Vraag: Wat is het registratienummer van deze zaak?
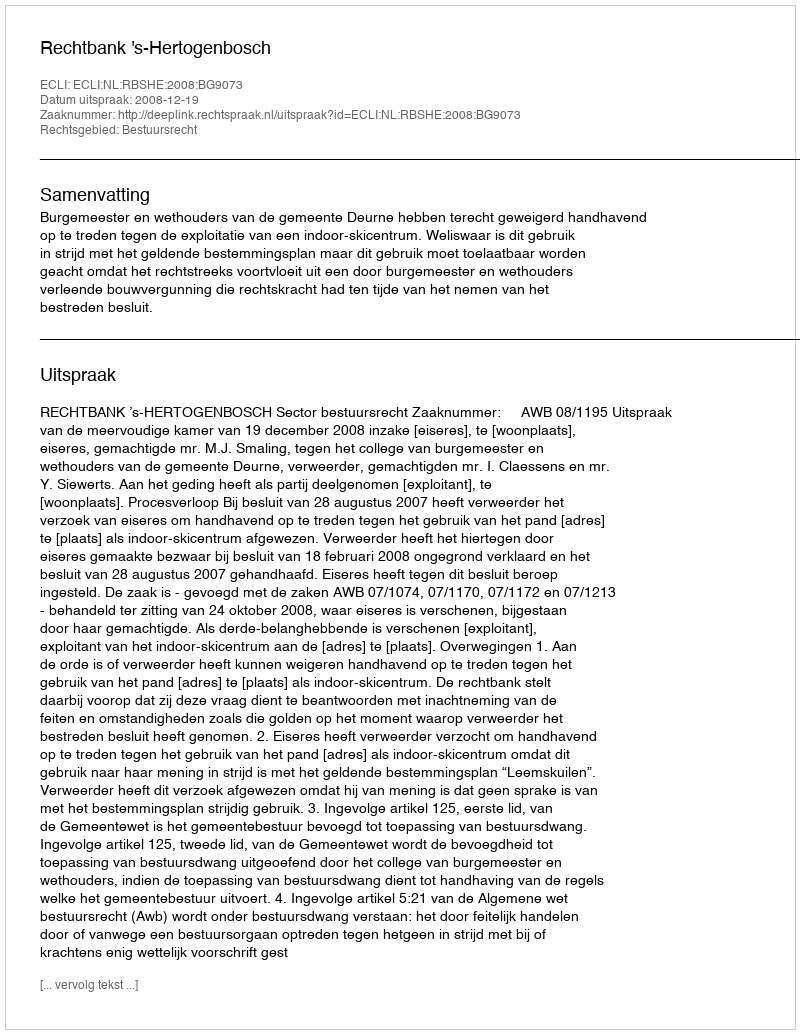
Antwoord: http://deeplink.rechtspraak.nl/uitspraak?id=ECLI:NL:RBSHE:2008:BG9073